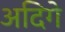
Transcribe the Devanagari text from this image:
अदिगे